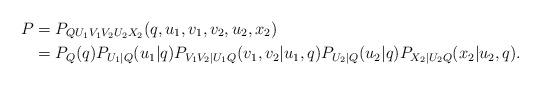
LaTeX: \begin{align*} P&=P_{QU_1V_1V_2U_2X_2}(q,u_1,v_1,v_2,u_2,x_2) \\&=P_{Q}(q)P_{U_1|Q}(u_1|q)P_{V_1V_2|U_1Q}(v_1,v_2|u_1,q)P_{U_2|Q}(u_2|q)P_{X_2|U_2Q}(x_2|u_2,q). \end{align*}